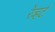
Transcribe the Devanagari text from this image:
रेव्हर्ट